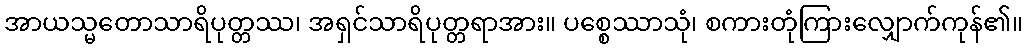
အာယသ္မတောသာရိပုတ္တဿ၊ အရှင်သာရိပုတ္တရာအား။ ပစ္စေဿာသုံ၊ စကားတုံကြားလျှောက်ကုန်၏။